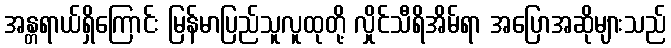
အန္တရာယ်ရှိကြောင်း မြန်မာပြည်သူလူထုတို့ လှိုင်သီရိအိမ်ရာ အပြောအဆိုများသည်